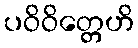
ပဝိဝိတ္တေဟိ